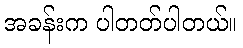
အခန်းက ပါတတ်ပါတယ်။